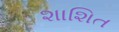
શાશિત